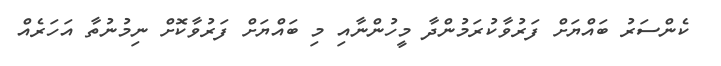
ކެންސަރު ބައްޔަށް ފަރުވާކުރަމުންދާ މީހުންނާއި މި ބައްޔަށް ފަރުވާކޮށް ނިމުނުތާ އަހަރެއް